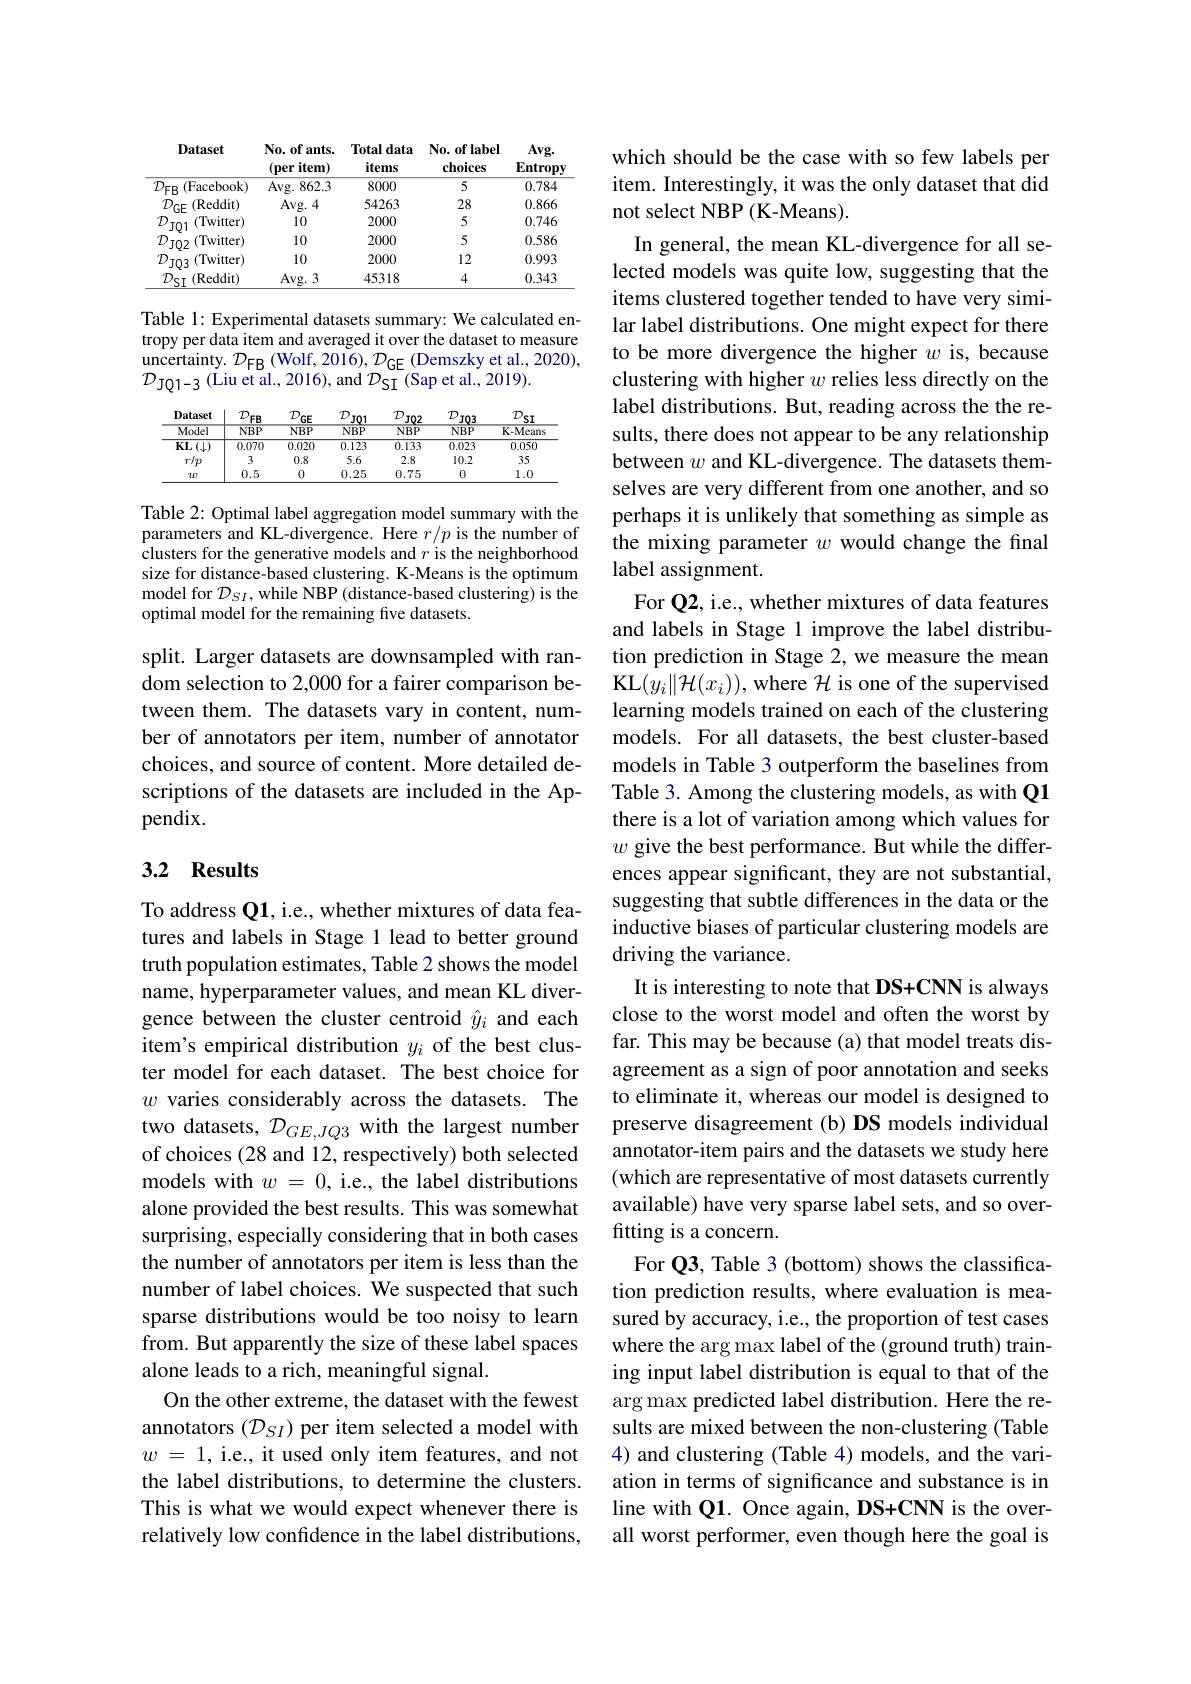
<table>
	<tbody>
		<tr>
			<th>Dataset</th>
			<th>$\mathbf{No.~of~ants.}$ $( \textbf{per item})$</th>
			<th>Total data items</th>
			<th>$\mathbf{No.~of~label}$ $\mathbf{choices}$</th>
			<th>$Avg.$ $\mathbf{Entrop}$</th>
		</tr>
		<tr>
			<td>$D_{\mathrm{FR}}$ (Facebook)</td>
			<td>Avg. 862. 3</td>
			<td>8000</td>
			<td>5</td>
			<td>0.784</td>
		</tr>
		<tr>
			<td>$\mathcal{D}_{\mathrm{GF}}$ (Reddit)</td>
			<td>Avg. 4</td>
			<td>54263</td>
			<td>28</td>
			<td>0.866</td>
		</tr>
		<tr>
			<td>$\mathcal{D}$ (Twitter) TO1</td>
			<td>10</td>
			<td>2000</td>
			<td>5</td>
			<td>0.746</td>
		</tr>
		<tr>
			<td>$\mathcal{D}.$ (Twitter) $,_{\mathrm{JO2}}$</td>
			<td>10</td>
			<td>2000</td>
			<td>5</td>
			<td>0.586</td>
		</tr>
		<tr>
			<td>$\mathcal{D}$ (Twitter) $J03$</td>
			<td>10</td>
			<td>2000</td>
			<td>12</td>
			<td>0.993</td>
		</tr>
		<tr>
			<td>$\mathcal{D}_{\mathrm{SI}}$ (Reddit)</td>
			<td>$Avg.3$</td>
			<td>45318</td>
			<td>4</td>
			<td>0.343</td>
		</tr>
	</tbody>
</table>

Table 1: Experimental datasets summary: We calculated entropy per data item and averaged it over the dataset to measure $\begin{array}{l}{\text{uncertainty.}}&{\mathcal{D}_{\mathrm{FB}}(\mathrm{Wolf},2016),\mathcal{D}_{\mathrm{GE}}(\mathrm{Demszky~et~al.,~2020}),}\\{\mathcal{D}_{\mathrm{JQ1-3}}(\mathrm{Liu~et~al.,~2016}),\mathrm{~and~}\mathcal{D}_{\mathrm{SI}}(\mathrm{Sap~et~al.,~2019}).}\\\end{array}$

<table>
	<tbody>
		<tr>
			<th>Dataset</th>
			<th>$\mathcal{D}_{\perp}$ $FB$</th>
			<th>$D.$ $GE$</th>
			<th>$\mathcal{D}$ JO1</th>
			<th>$D$ $JQ2$</th>
			<th>$D$ $J03$</th>
			<th>$\mathcal{D}$ $sI$</th>
		</tr>
		<tr>
			<th>Dataset Model</th>
			<th>$D_{\mathrm{F}}$ $PEB$ $NBP$</th>
			<th>$\underline{{\mathcal{D}}_{\mathrm{GE}}}$ $NBP$</th>
			<th>$D.$ $JQ1$ $NBP$</th>
			<th>$D_{\mathrm{j}}$ $JQ2$ $NBP$</th>
			<th>$D.$ $JQ3$ $NBP$</th>
			<th>$D.$ 'sI K-Means</th>
		</tr>
		<tr>
			<th>Model</th>
			<th>$NBP$</th>
			<th>$NBP$</th>
			<th>$NBP$</th>
			<th>$NBP$</th>
			<th>$NBP$</th>
			<th>K-Means</th>
		</tr>
		<tr>
			<td>$KL\left(\downarrow\right)$</td>
			<td>0.070</td>
			<td>0.020</td>
			<td>0.123</td>
			<td>0.133</td>
			<td>0.023</td>
			<td>0.050</td>
		</tr>
		<tr>
			<td>$r/p$</td>
			<td>3</td>
			<td>0.8</td>
			<td>5.6</td>
			<td>2.8</td>
			<td>10.2</td>
			<td>35</td>
		</tr>
		<tr>
			<td>$w$</td>
			<td>0.5</td>
			<td>0</td>
			<td>0.25</td>
			<td>0.75</td>
			<td>0</td>
			<td>1.0</td>
		</tr>
	</tbody>
</table>

Table 2: Optimal label aggregation model summary with the parameters and KL-divergence. Here $r/p$ is the number of clusters for the generative models and $r$ is the neighborhood size for distance-based clustering. K-Means is the optimum model for $D_SI$,while NBP (distance-based clustering) is the optimal model for the remaining five datasets.

split. Larger datasets are downsampled with random selection to 2,000 for a fairer comparison between them. The datasets vary in content, number of annotators per item, number of annotator choices, and source of content. More detailed descriptions of the datasets are included in the Appendix.

## 3.2 Results

To address Q1, i.e., whether mixtures of data features and labels in Stage 1 lead to better ground truth population estimates, Table 2 shows the model name, hyperparameter values, and mean KL divergence between the cluster centroid $\hat{y}_i$ and each item's empirical distribution $y_i$ of the best cluster model for each dataset. The best choice for $w$ varies considerably across the datasets. The two datasets, $\mathcal{D}_GE,JQ3$ with the largest number of choices (28 and 12, respectively) both selected models with $w=0$, i.e., the label distributions alone provided the best results. This was somewhat surprising, especially considering that in both cases the number of annotators per item is less than the number of label choices. We suspected that such sparse distributions would be too noisy to learn from. But apparently the size of these label spaces alone leads to a rich, meaningful signal.
On the other extreme, the dataset with the fewest annotators $(\mathcal{D}_SI)$ per item selected a model with $w$ = 1, i.e., it used only item features, and not the label distributions, to determine the clusters. This is what we would expect whenever there is relatively low confdence in the label distributions,

which should be the case with so few labels per item. Interestingly, it was the only dataset that did not select NBP (K-Means).
In general, the mean KL-divergence for all selected models was quite low, suggesting that the items clustered together tended to have very similar label distributions. One might expect for there to be more divergence the higher $w$ is, because clustering with higher $w$ relies less directly on the label distributions. But, reading across the the results, there does not appear to be any relationship between $w$ and KL-divergence. The datasets themselves are very different from one another, and so perhaps it is unlikely that something as simple as the mixing parameter $w$ would change the final label assignment.
For Q2, i.e., whether mixtures of data features and labels in Stage 1 improve the label distribution prediction in Stage 2,we measure the mean KL$(y_{i}\|\mathcal{H}(x_{i}))$, where $\mathcal{H}$ is one of the supervised learning models trained on each of the clustering models. For all datasets, the best cluster-based models in Table 3 outperform the baselines from Table 3. Among the clustering models, as with Q1 there is a lot of variation among which values for $w$ give the best performance. But while the differences appear significant, they are not substantial, suggesting that subtle differences in the data or the inductive biases of particular clustering models are driving the variance.
It is interesting to note that DS+CNN is always close to the worst model and often the worst by far. This may be because (a) that model treats disagreement as a sign of poor annotation and seeks to eliminate it, whereas our model is designed to preserve disagreement (b) DS models individual annotator-item pairs and the datasets we study here (which are representative of most datasets currently available) have very sparse label sets, and so overfitting is a concern.
For Q3, Table 3 (bottom) shows the classification prediction results, where evaluation is measured by accuracy, i.e., the proportion of test cases where the arg max label of the (ground truth) training input label distribution is equal to that of the $\arg\max$ predicted label distribution. Here the results are mixed between the non-clustering (Table 4) and clustering (Table 4) models, and the variation in terms of significance and substance is in line with Q1. Once again, DS+CNN is the overall worst performer, even though here the goal is